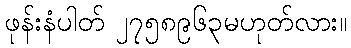
ဖုန်းနံပါတ် ၂၇၅၈၉၆၃မဟုတ်လား။